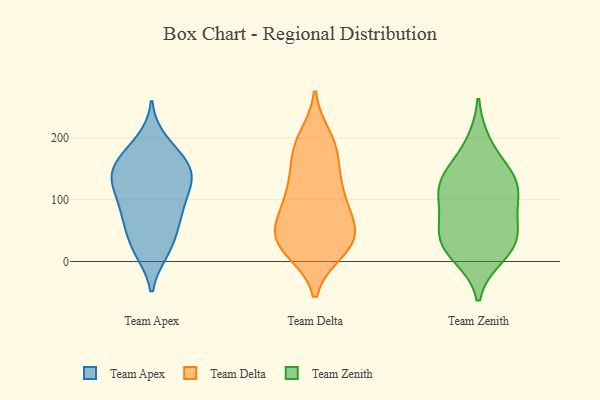
{"axis": {"x": "Page Views", "y": "Value"}, "legend": ["Team Apex", "Team Delta", "Team Zenith"], "data": [{"x": "", "y": 144, "type": "Team Apex"}, {"x": "", "y": 123, "type": "Team Apex"}, {"x": "", "y": 149, "type": "Team Apex"}, {"x": "", "y": 24, "type": "Team Apex"}, {"x": "", "y": 139, "type": "Team Apex"}, {"x": "", "y": 177, "type": "Team Apex"}, {"x": "", "y": 22, "type": "Team Apex"}, {"x": "", "y": 17, "type": "Team Apex"}, {"x": "", "y": 103, "type": "Team Apex"}, {"x": "", "y": 194, "type": "Team Apex"}, {"x": "", "y": 60, "type": "Team Apex"}, {"x": "", "y": 71, "type": "Team Apex"}, {"x": "", "y": 152, "type": "Team Apex"}, {"x": "", "y": 72, "type": "Team Apex"}, {"x": "", "y": 169, "type": "Team Apex"}, {"x": "", "y": 116, "type": "Team Apex"}, {"x": "", "y": 80, "type": "Team Apex"}, {"x": "", "y": 133, "type": "Team Apex"}, {"x": "", "y": 200, "type": "Team Delta"}, {"x": "", "y": 39, "type": "Team Delta"}, {"x": "", "y": 114, "type": "Team Delta"}, {"x": "", "y": 70, "type": "Team Delta"}, {"x": "", "y": 39, "type": "Team Delta"}, {"x": "", "y": 18, "type": "Team Delta"}, {"x": "", "y": 137, "type": "Team Delta"}, {"x": "", "y": 22, "type": "Team Delta"}, {"x": "", "y": 188, "type": "Team Delta"}, {"x": "", "y": 46, "type": "Team Delta"}, {"x": "", "y": 184, "type": "Team Delta"}, {"x": "", "y": 85, "type": "Team Delta"}, {"x": "", "y": 31, "type": "Team Delta"}, {"x": "", "y": 100, "type": "Team Delta"}, {"x": "", "y": 24, "type": "Team Delta"}, {"x": "", "y": 126, "type": "Team Delta"}, {"x": "", "y": 173, "type": "Team Delta"}, {"x": "", "y": 63, "type": "Team Delta"}, {"x": "", "y": 37, "type": "Team Zenith"}, {"x": "", "y": 137, "type": "Team Zenith"}, {"x": "", "y": 83, "type": "Team Zenith"}, {"x": "", "y": 51, "type": "Team Zenith"}, {"x": "", "y": 133, "type": "Team Zenith"}, {"x": "", "y": 10, "type": "Team Zenith"}, {"x": "", "y": 190, "type": "Team Zenith"}, {"x": "", "y": 95, "type": "Team Zenith"}, {"x": "", "y": 22, "type": "Team Zenith"}, {"x": "", "y": 34, "type": "Team Zenith"}, {"x": "", "y": 117, "type": "Team Zenith"}, {"x": "", "y": 134, "type": "Team Zenith"}]}